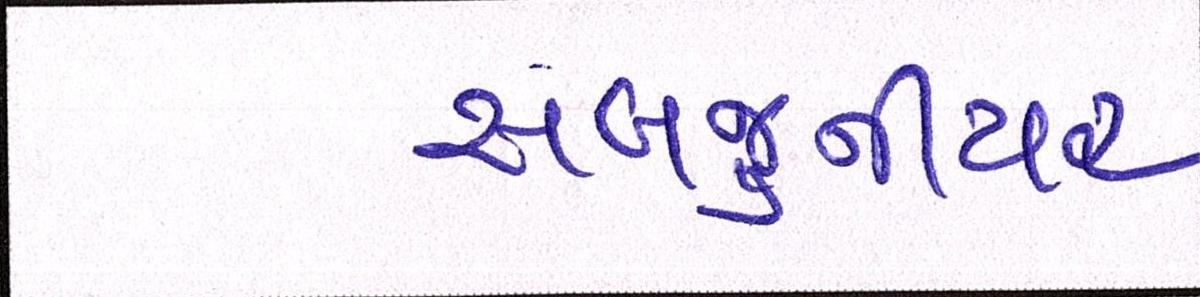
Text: સબજુનીયર